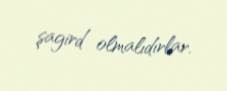
şagird olmalıdırlar.